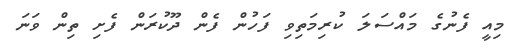
މިއީ ފެނުގެ މައްސަލަ ކުރިމަތިވި ފަހުން ފެން ދޫކުރަން ފެށި ތިން ވަނަ